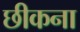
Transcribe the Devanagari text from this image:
छीकना